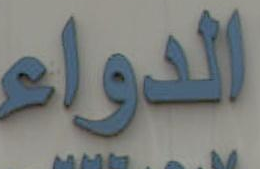
الدواء